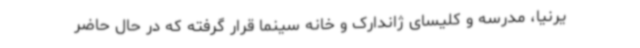
یرنیا، مدرسه و کلیسای ژاندارک و خانه سینما قرار گرفته که در حال حاضر